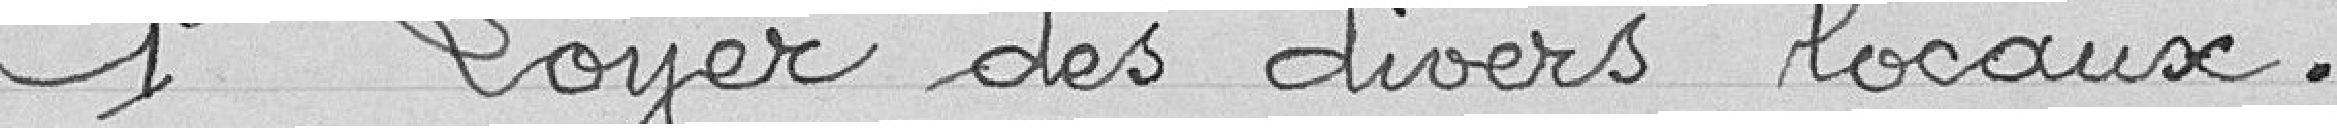
1° Loyer des divers locaux .